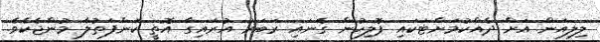
ލިލިއަން އަށް ދެއްކުމަށްޓަކައި ޕޮލިހުން ގެނައި ރަބަރު އުރައިގާ އޮތީ ކަންފަތުލާ މުންޖެކެވެ.